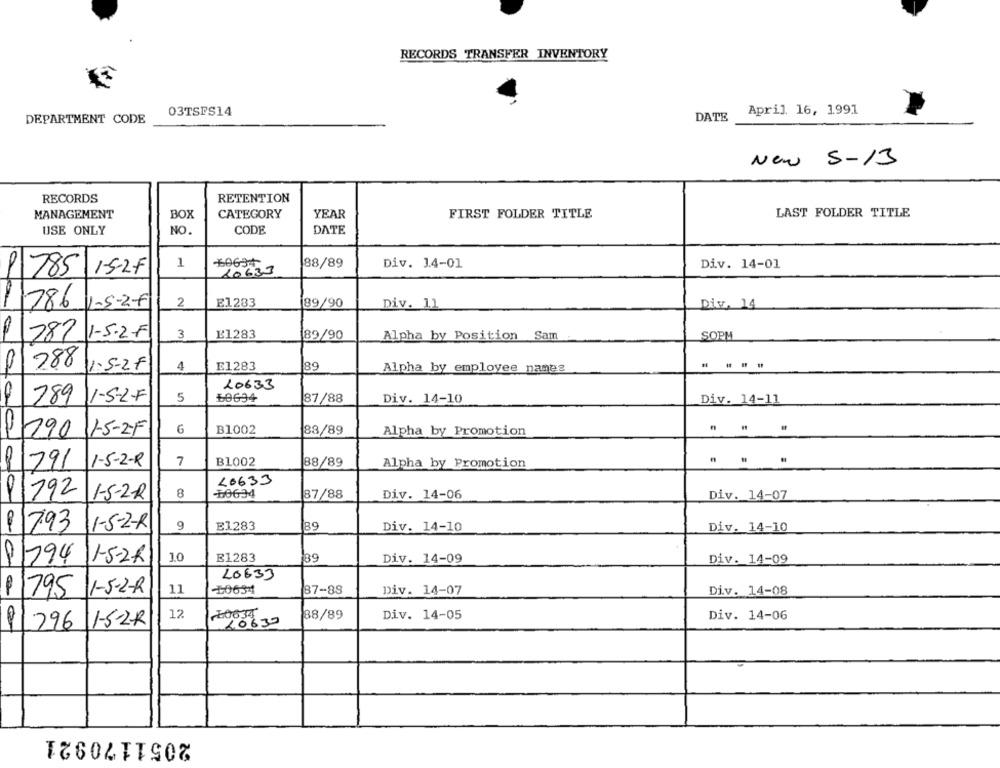
RECORDS TRANSFER INVENTORY
03TSFS14
April 16, 1991
DEPARTMENT CODE
DATE
New 5-13
RECORDS
RETENTION
MANAGEMENT
BOX
CATEGORY
YEAR
FIRST FOLDER TITLE
LAST FOLDER TITLE
USE ONLY
CODE
DATE
NO.
1
88/89
Div. 1.4-01
Div. 14-01
785
1-5-2F
20633
1 786
1-5-2-F
2
E1283
89/90
Div. 11
Div. 14
787 1-5-2-F
3
£1283
89/90
Alpha by Position Sam
SOPM
288
:5-2F
4
£1283
89
Alpha by employee names
....
20633
1-5-2-F
5
60694
87/88
Div. 14-10
789
Div. 14-11
G
B1002
88/89
Alpha by Promotion
...
1 290
15-2F
B1002
88/89
9 291
1-5-2-R
7
Alpha by Promotion
40633
91792
1-5-2-R
8
-60634
87/88
Div. 14-06
Div. 14-07
8/793
I-5-2-R
9
E1283
89
Div. 14-10
Div. 14-10
P/794
1-5-2h
10
E1283
39
Div. 14-09
Div. 14-09
LO633
1-5-2-R
11
+0634
87-88
Div. 14-07
Div. 14-08
$1795
12
38/89
1-52R
10630
Div. 14-05
Div. 14-06
1296
2051170921